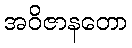
အဝိဇာနတော